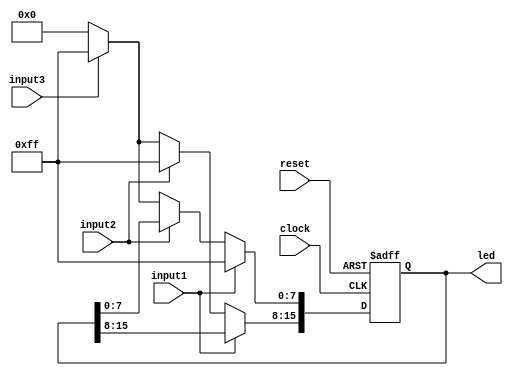
module generateLed(
    //inputs
    input reset,
    input clock,
    input input1,
    input input2,
    input input3,
    //outputs
    output reg [15:0]led

    );
    
    always@(posedge clock,posedge reset)
    begin 

    if (reset) led<=6'b0000000000000000;
    else if (input1) led[7:0] =8'b11111111;   //port1
    else if (input2)  led[15:8] =8'b11111111; //port2
    else if (input3)  led<= 16'b1111111111111111; // error
    else  led <=16'b0000000000000000;
    
    end 
endmodule